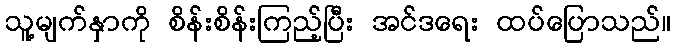
သူ့မျက်နှာကို စိန်းစိန်းကြည့်ပြီး အင်ဒရေး ထပ်ပြောသည်။